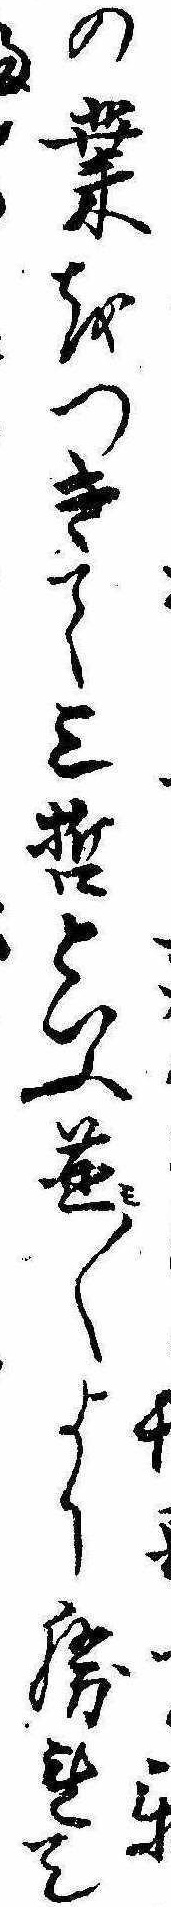
の業をつきて三哲といふ並み〱より勝れて